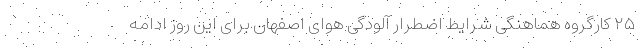
۲۵ کارگروه هماهنگی شرایط اضطرار آلودگی هوای اصفهان برای این روز ادامه